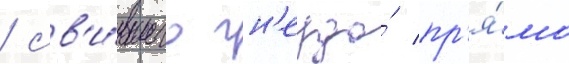
/ св'и́вшего гн'ездо́ пр'я́мо